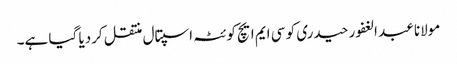
مولانا عبد الغفور حیدری کو سی ایم ایچ کوئٹہ اسپتال منتقل کردیا گیا ہے۔